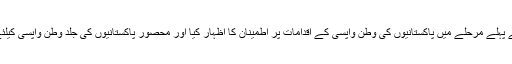
وزیراعظم نوازشریف نے پہلے مرحلے میں پاکستانیوں کی وطن واپسی کے اقدامات پر اطمینان کا اظہار کیا اور محصور پاکستانیوں کی جلد وطن واپسی کیلئے اقدامات کی ہدایت کی۔